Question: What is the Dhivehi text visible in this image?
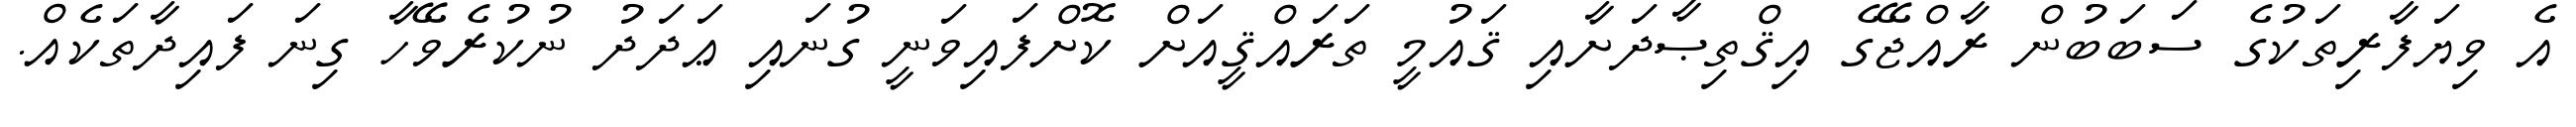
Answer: އެ ވިޔަފާރިތަކުގެ ސަބަބުން ރާއްޖޭގެ އިޤްތިޞާދަށާއި ޤައުމީ ތަރައްޤީއަށް ކޮށްފައިވަނީ ގުނައި ޢަދަދު ނުކުރެވޭހާ ގިނަ ފައިދާތަކެއް.